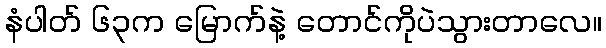
နံပါတ် ၆၃က မြောက်နဲ့ တောင်ကိုပဲသွားတာလေ။